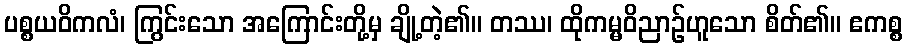
ပစ္စယဝိကလံ၊ ကြွင်းသော အကြောင်းတို့မှ ချို့တဲ့၏။ တဿ၊ ထိုကမ္မဝိညာဉ်ဟူသော စိတ်၏။ ဧကစ္စ